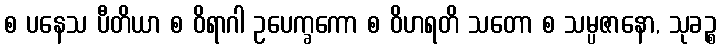
စ ပနေသ ပီတိယာ စ ဝိရာဂါ ဥပေက္ခကော စ ဝိဟရတိ သတော စ သမ္ပဇာနော, သုခဉ္စ